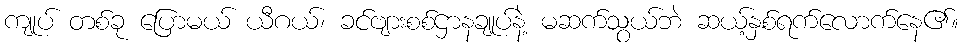
ကျုပ် တစ်ခု ပြောမယ် ယီဂယ်၊ ခင်ဗျားစစ်ဌာနချုပ်နဲ့ မဆက်သွယ်ဘဲ ဆယ့်နှစ်ရက်လောက်နေ၏။